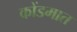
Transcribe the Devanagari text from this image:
कोंडमात